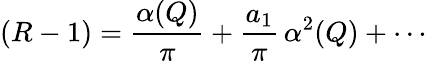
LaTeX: (R-1)={\frac{\alpha(Q)}{\pi}}+{\frac{a_{1}}{\pi}}\, \alpha^{2}(Q)+\cdots